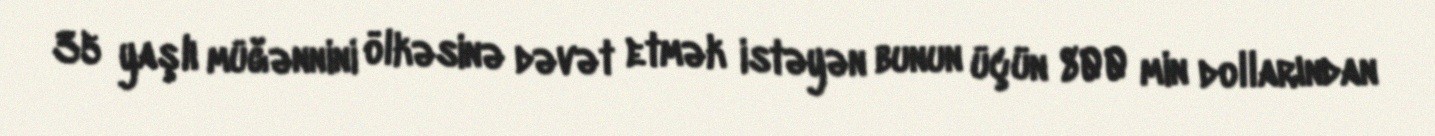
35 yaşlı müğənnini ölkəsinə dəvət etmək istəyən bunun üçün 800 min dollarından